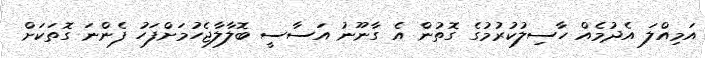
އަމިއްލަ އެދުމެއް ހާސިލުކުރުމުގެ ގޮތުން އެ ގާނޫނު އަސާސީ ބޮލާލާޖެހުމަށްފަހު ފެންނަ ގޮތަކަށް